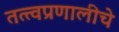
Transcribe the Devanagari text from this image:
तत्त्वप्रणालीचे